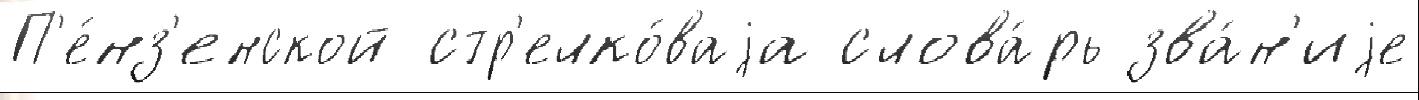
П'е́нз'енской стр'елко́ваjа слова́рь зва́н'иjе